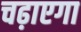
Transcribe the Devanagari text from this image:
चढ़ाएगा